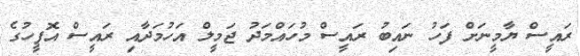
ރައީސް ޔާމީނަށް ފަހު ނައިބު ރައީސް މުހައްމަދު ޖަމީލް އަހުމަދާއި ރައީސް އޮފީހުގެ